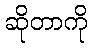
ဆိုတာကို